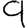
Digit: 9